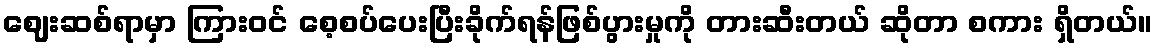
ဈေးဆစ်ရာမှာ ကြားဝင် စေ့စပ်ပေးပြီးခိုက်ရန်ဖြစ်ပွားမှုကို တားဆီးတယ် ဆိုတာ စကား ရှိတယ်။